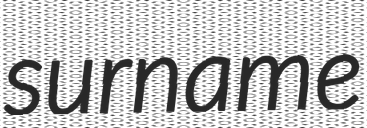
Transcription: surname